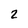
Character: 2